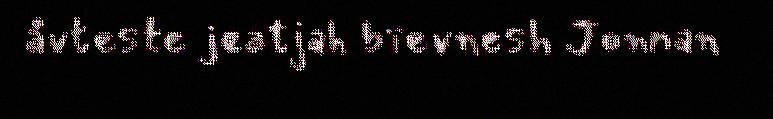
åvteste jeatjah bïevnesh Jonnan